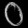
Digit: ၀